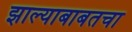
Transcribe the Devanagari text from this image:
झाल्याबाबतचा